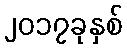
၂၀၁၇ခုနှစ်